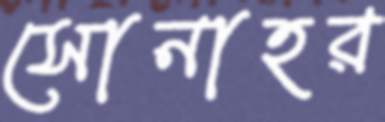
সোনাহর